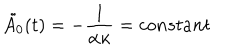
\tilde { A _ { 0 } } ( t ) = - \frac { 1 } { \alpha \kappa } = c o n s t a n t